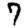
Digit: 7